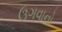
ઉગવાનો